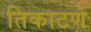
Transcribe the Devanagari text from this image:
तिकाटणे